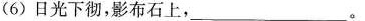
(6)日光下彻，影布石上，_________。